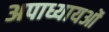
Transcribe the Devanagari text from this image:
अपाध्यायओं